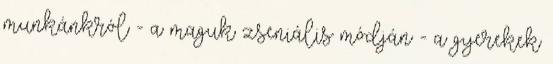
munkánkról - a maguk zseniális módján - a gyerekek